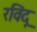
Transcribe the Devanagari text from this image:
रविंदू